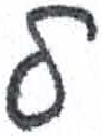
אות: ל